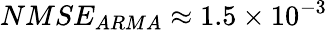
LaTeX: NMSE_{ARMA}\approx 1.5\times 10^{-3}